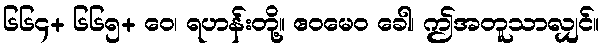
၆၆၄+ ၆၆၅+ ဝေ၊ ရဟန်းတို့။ ဧဝမေဝ ခေါ၊ ဤအတူသာလျှင်။